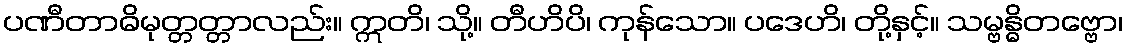
ပဏီတာဓိမုတ္တတ္တာလည်း။ ဣတိ၊ သို့။ တီဟိပိ၊ ကုန်သော။ ပဒေဟိ၊ တို့နှင့်။ သမ္ဗန္ဓိတဗ္ဗော၊